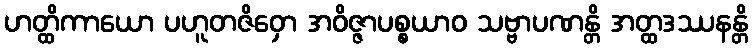
ဟတ္ထိကာယော ပဟူတဇိဝှော အဝိဇ္ဇာပစ္စယာဝ သဗ္ဗာပဏန္တိ အတ္ထဒဿနန္တိ